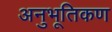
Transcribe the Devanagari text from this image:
अनुभूतिकण